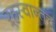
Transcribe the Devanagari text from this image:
ऱ्हस्वान्तच